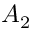
A _ { 2 }